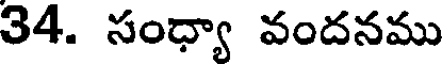
34. సంధ్యా వందనము